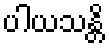
ပါယသန္တိ